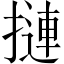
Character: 摙